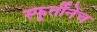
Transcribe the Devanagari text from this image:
स्फूर्तीनेच